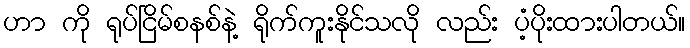
ဟာ ကို ရုပ်ငြိမ်စနစ်နဲ့ ရိုက်ကူးနိုင်သလို လည်း ပံ့ပိုးထားပါတယ်။